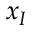
x _ { I }